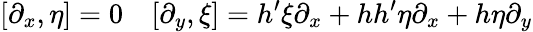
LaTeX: [\partial_{x},\eta]=0\ \ \ \ [\partial_{y},\xi]=h^{\prime}\xi\partial_{x}+hh^{\prime}\eta\partial_{x}+h\eta\partial_{y}